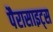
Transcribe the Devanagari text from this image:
पैरासाइट्स